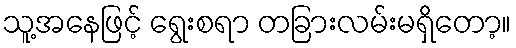
သူ့အနေဖြင့် ရွေးစရာ တခြားလမ်းမရှိတော့။